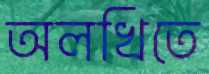
অলখিতে